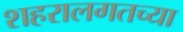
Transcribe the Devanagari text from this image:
शहरालगतच्या